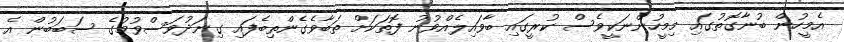
އެމީހުން ބުނާގޮތުގައި މިމީހުންނަކީވެސް ކުރީގައި ބާވައިލެއްވުނު ފޮތަކަށް ތަބާވެގެންތިބެފައި ގިނަދުވަސްވުމުގެ ސަބަބުން އެ